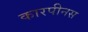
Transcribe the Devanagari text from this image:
कारपीनस